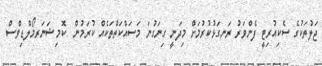
ޖަލުތަކުގެ ސެކިއުރިޓީ ފެންވަރު ރަނގަޅުކުރުމަށް މިދަނީ ގިނަގުނަ މަސައްކަތްތަކެއް ކުރަމުން  ކޮމިޝަނަރމޯލްޑިވްސް